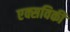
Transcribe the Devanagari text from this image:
एक्सविकी